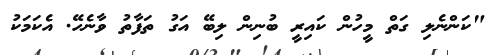
"ކަންނެލި ގަތް މީހުން ކައިރީ ބުނިން ލިބޭ އަގު ތަފާތު ވާނެހޭ. އެކަމަކު